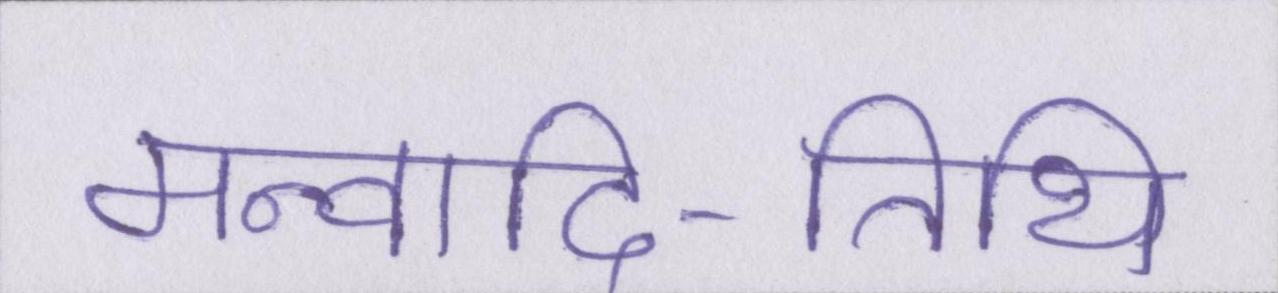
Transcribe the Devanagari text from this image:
मन्वादि-तिथि